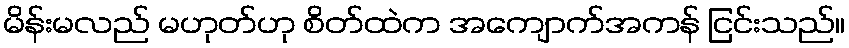
မိန်းမလည် မဟုတ်ဟု စိတ်ထဲက အကျောက်အကန် ငြင်းသည်။